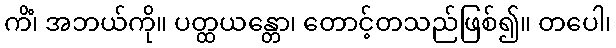
ကိံ၊ အဘယ်ကို။ ပတ္ထယန္တော၊ တောင့်တသည်ဖြစ်၍။ တပေါ၊